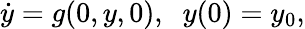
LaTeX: \dot{y}=g(0,y,0),\; \; y(0)=y_{0},